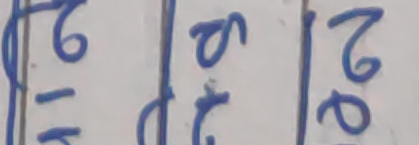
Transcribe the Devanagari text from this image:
७१ ७९ २०